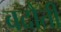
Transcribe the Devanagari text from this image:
बदौती